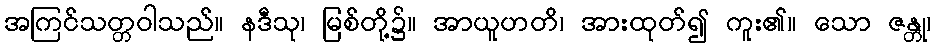
အကြင်သတ္တဝါသည်။ နဒီသု၊ မြစ်တို့၌။ အာယူဟတိ၊ အားထုတ်၍ ကူး၏။ သော ဇန္တု၊